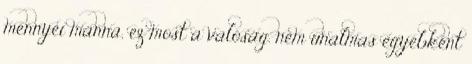
mennyei manna, ez most a valóság. nem unalmas egyébként